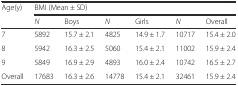
| <ROWSPAN=2> Age(y) | <COLSPAN=6> BMI (Mean ± SD) |
 | N | Boys | N | Girls | N | Overall |
 | --- | --- | --- | --- | --- | --- | --- |
 | 7 | 5892 | 15.7 ± 2.1 | 4825 | 14.9 ± 1.7 | 10717 | 15.4 ± 2.0 |
 | 8 | 5942 | 16.3 ± 2.5 | 5060 | 15.4 ± 2.1 | 11002 | 15.9 ± 2.4 |
 | 9 | 5849 | 16.9 ± 2.9 | 4893 | 16.0 ± 2.4 | 10742 | 16.5 ± 2.7 |
 | Overall | 17683 | 16.3 ± 2.6 | 14778 | 15.4 ± 2.1 | 32461 | 15.9 ± 2.4 |